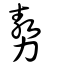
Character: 𠢕